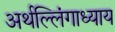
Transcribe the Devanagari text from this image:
अर्थल्लिंगाध्याय